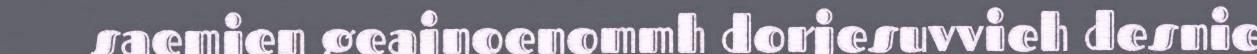
saemien geajnoenommh dorjesuvvieh desnie